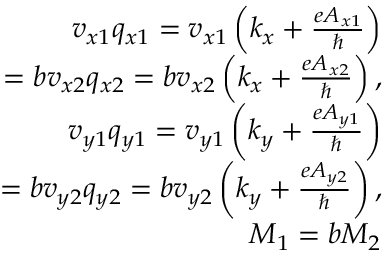
\begin{array} { r l r } & { } & { v _ { x 1 } q _ { x 1 } = v _ { x 1 } \left( k _ { x } + \frac { e A _ { x 1 } } { \hbar } \right) } \\ & { } & { ~ ~ = b v _ { x 2 } q _ { x 2 } = b v _ { x 2 } \left( k _ { x } + \frac { e A _ { x 2 } } { \hbar } \right) , } \\ & { } & { v _ { y 1 } q _ { y 1 } = v _ { y 1 } \left( k _ { y } + \frac { e A _ { y 1 } } { \hbar } \right) } \\ & { } & { ~ ~ = b v _ { y 2 } q _ { y 2 } = b v _ { y 2 } \left( k _ { y } + \frac { e A _ { y 2 } } { \hbar } \right) , } \\ & { } & { M _ { 1 } = b M _ { 2 } } \end{array}